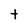
Character: t